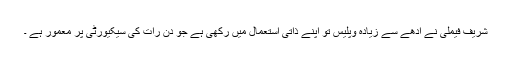
شریف فیملی نے آدھے سے زیادہ وپلیس تو اپنے ذاتی استعمال میں رکھی ہے جو دن رات کی سیکیورٹی پر معمور ہے ۔